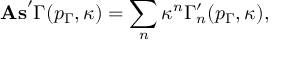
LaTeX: \mathrm { \bf A s } ^ { \prime } \Gamma ( p _ { \Gamma } , \kappa ) = \sum _ { n } \kappa ^ { n } \Gamma _ { n } ^ { \prime } ( p _ { \Gamma } , \kappa ) ,